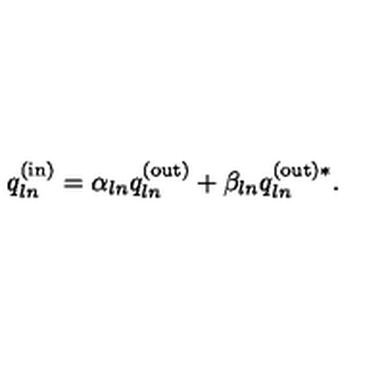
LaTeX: q _ { l n } ^ { \mathrm { ( i n ) } } = \alpha _ { l n } q _ { l n } ^ { \mathrm { ( o u t ) } } + \beta _ { l n } q _ { l n } ^ { \mathrm { ( o u t ) } * } .